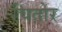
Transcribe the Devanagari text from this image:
चितोर